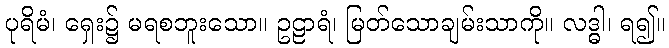
ပုရိမံ၊ ရှေး၌ မရစဘူးသော။ ဥဠာရံ၊ မြတ်သောချမ်းသာကို။ လဒ္ဓါ၊ ရ၍။